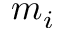
m _ { i }